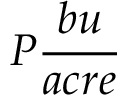
P \frac { b u } { a c r e }